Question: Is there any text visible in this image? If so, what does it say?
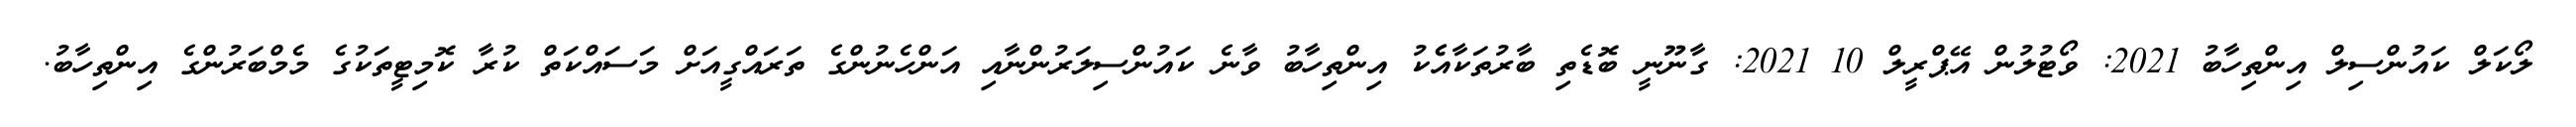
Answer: ލޯކަލް ކައުންސިލް އިންތިހާބު 2021: ވޯޓުލުން އޭޕްރީލް 10 2021: ގާނޫނީ ބޮޑެތި ބާރުތަކާއެެކު އިންތިހާބު ވާނެ ކައުންސިލަރުންނާއި އަންހެނުންގެ ތަރައްގީއަށް މަސައްކަތް ކުރާ ކޮމިޓީތަކުގެ މެމްބަރުންގެ އިންތިހާބު.